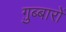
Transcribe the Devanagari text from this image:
ग़ुब्बारों